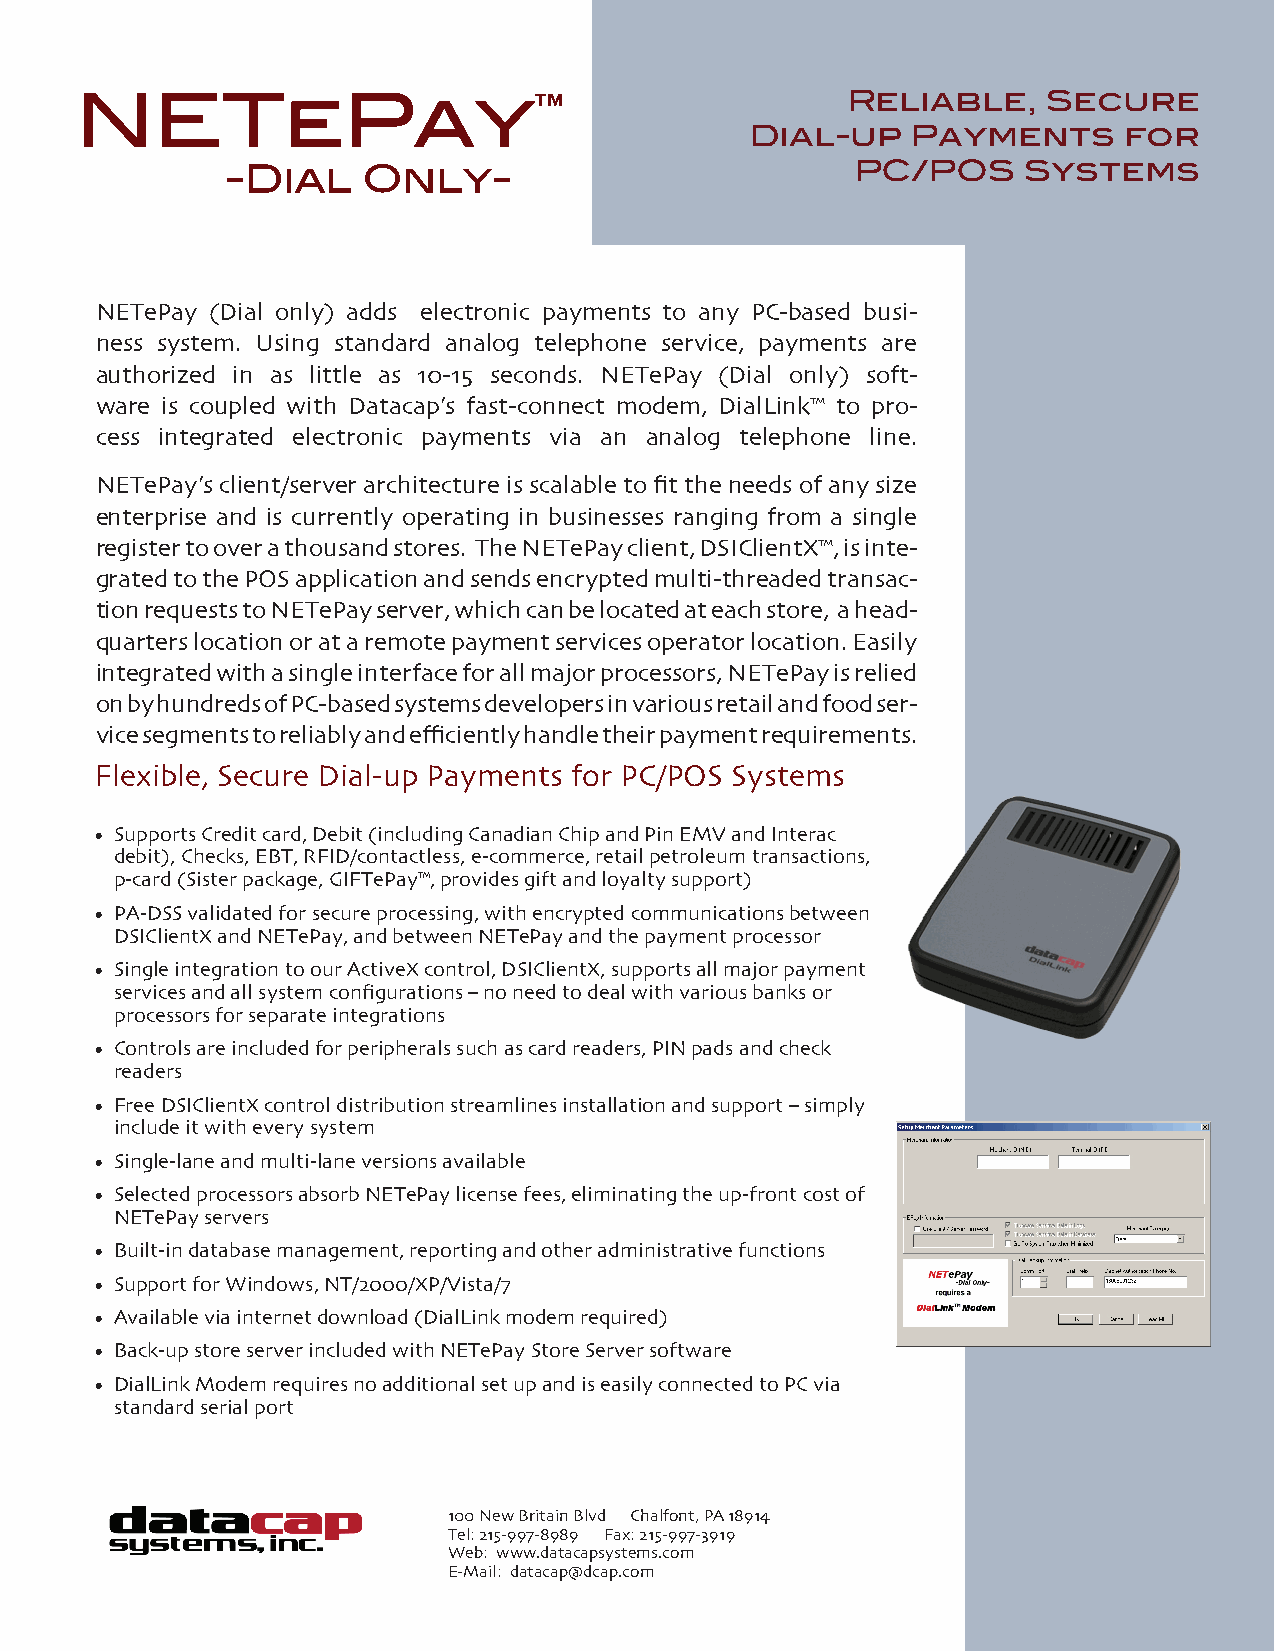
NETePay™                                           Reliable,    Secure
 Dial-up   Payments      for
 -Dial    Only-                            PC/POS     Systems
 NETePay (Dial only) adds electronic payments to any PC-based busi-
 ness system. Using standard analog telephone service, payments are
 authorized in as little as 10-15 seconds. NETePay (Dial only) soft-
 ware is coupled with Datacap’s fast-connect modem, DialLink™ to pro-
 cess integrated electronic payments via an analog telephone line.
 NETePay’s client/server architecture is scalable to fit the needs of any size
 enterprise and is currently operating in businesses ranging from a single
 register to over a thousand stores. The NETePay client, DSIClientX™, is inte-
 grated to the POS application and sends encrypted multi-threaded transac-
 tion requests to NETePay server, which can be located at each store, a head-
 quarters location or at a remote payment services operator location. Easily
 integrated with a single interface for all major processors, NETePay is relied
 on by hundreds of PC-based systems developers in various retail and food ser-
 vice segments to reliably and efficiently handle their payment requirements.
 Flexible, Secure Dial-up Payments for PC/POS Systems
 • Supports Credit card, Debit (including Canadian Chip and Pin EMV and Interac
 debit), Checks, EBT, RFID/contactless, e-commerce, retail petroleum transactions,
 p-card (Sister package, GIFTePay™, provides gift and loyalty support)
 • PA-DSS validated for secure processing, with encrypted communications between
 DSIClientX and NETePay, and between NETePay and the payment processor
 • Single integration to our ActiveX control, DSIClientX, supports all major payment
 services and all system configurations – no need to deal with various banks or
 processors for separate integrations
 • Controls are included for peripherals such as card readers, PIN pads and check
 readers
 • Free DSIClientX control distribution streamlines installation and support – simply
 include it with every system
 • Single-lane and multi-lane versions available
 • Selected processors absorb NETePay license fees, eliminating the up-front cost of
 NETePay servers
 • Built-in database management, reporting and other administrative functions
 • Support for Windows, NT/2000/XP/Vista/7
 • Available via internet download (DialLink modem required)
 • Back-up store server included with NETePay Store Server software
 • DialLink Modem requires no additional set up and is easily connected to PC via
 standard serial port
 100 New Britain Blvd Chalfont, PA 18914
 Tel: 215-997-8989 Fax: 215-997-3919
 Web: www.datacapsystems.com
 E-Mail: datacap@dcap.com